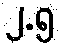
၂.၅